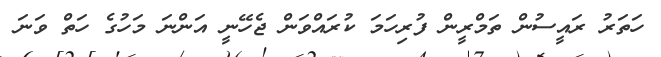
ހަތަރު ރައީސުން ތަމްރީން ފުރިހަމަ ކުރައްވަން ޖެހޭނީ އަންނަ މަހުގެ ހަތް ވަނަ